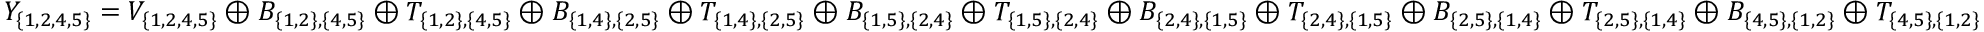
Y _ { \{ 1 , 2 , 4 , 5 \} } = V _ { \{ 1 , 2 , 4 , 5 \} } \oplus B _ { \{ 1 , 2 \} , \{ 4 , 5 \} } \oplus T _ { \{ 1 , 2 \} , \{ 4 , 5 \} } \oplus B _ { \{ 1 , 4 \} , \{ 2 , 5 \} } \oplus T _ { \{ 1 , 4 \} , \{ 2 , 5 \} } \oplus B _ { \{ 1 , 5 \} , \{ 2 , 4 \} } \oplus T _ { \{ 1 , 5 \} , \{ 2 , 4 \} } \oplus B _ { \{ 2 , 4 \} , \{ 1 , 5 \} } \oplus T _ { \{ 2 , 4 \} , \{ 1 , 5 \} } \oplus B _ { \{ 2 , 5 \} , \{ 1 , 4 \} } \oplus T _ { \{ 2 , 5 \} , \{ 1 , 4 \} } \oplus B _ { \{ 4 , 5 \} , \{ 1 , 2 \} } \oplus T _ { \{ 4 , 5 \} , \{ 1 , 2 \} }